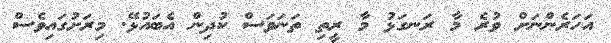
އަހަރެންނަށް ވުރެ މާ ރަނގަޅު މާ ރީތި ތަނަވަސް ކުދިން އެބައުޅޭ. މިރަށުގައިވެސް